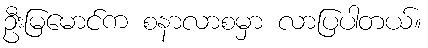
ဦးမြမောင်က စနာလာစမှာ လာပြပါတယ်။